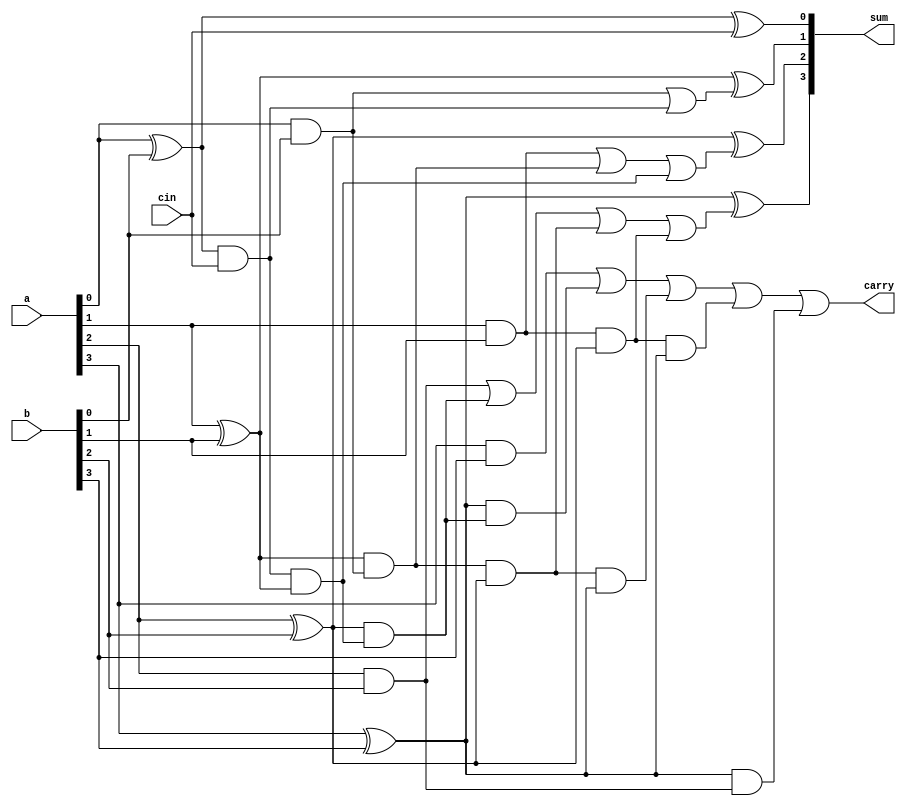
`timescale 1ns / 1ps
module CLA_4bit(
    input [3:0] a,b, input cin,
    output [3:0] sum, output carry );
    wire g0, g1, g2, g3, p0, p1, p2, p3;
    wire pc0, pc1, pc2, pc3, pg0, pg1, pg2, pg3, pg4, pg5;
    wire [2:0] c;
    
    // Generation block
    and ab0(g0, a[0], b[0]), ab1(g1, a[1], b[1]), ab2(g2, a[2], b[2]), ab3(g3, a[3], b[3]);
    
    //Propagation block
    xor axb0(p0, a[0], b[0]), axb1(p1, a[1], b[1]),axb2(p2, a[2], b[2]), axb3(p3, a[3], b[3]);
        
    // CLA logic-- Carry bit generation
    // assign c[0] = g0 | (p0 & cin);
    and (pc0, p0, cin);     or (c[0], g0, pc0);
    
    //assign c[1] = g1 | (p1 & g0) | (p1 & p0 & cin);
    and (pc1, pc0, p1);  and (pg0, p1, g0); 
    or (c[1], g1, pg0, pc1);
    
    //assign c[2] = g2 | (p2 & g1) | (p2 & p1 & g0) | (p2 & p1 & p0 & cin);
    and (pc2, p2, pc1);   and (pg1, pg0, p2);  and (pg2, g1, p2);
    or (c[2], g2, pc2, pg1, pg2);
    
    //assign carry = g3 | (p3 & g2) | (p3 & p2 & g1) | (p3 & p2 & p1 & g0) | (p3 & p2 & p1 & p0 & cin);
    and (pc3, p3, pc2);   and (pg3, pg1, p3);   and (pg4, pg2, p3);   and (pg5, p3, g2);
    or (carry, g3, pc3, pg3, pg4, pg5);
    
    //Sum block
    xor s0(sum[0], p0, cin), s1(sum[1], p1, c[0]),
        s2(sum[2], p2, c[1]), s3(sum[3], p3, c[2]);
         
endmodule